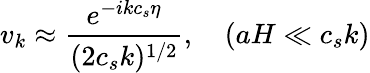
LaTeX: v_{k}\approx{\frac{e^{-ikc_{s}\eta}}{(2c_{s}k)^{1/2}}},\quad(aH\ll c_{s}k)